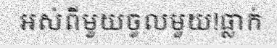
អស់ពីមួយចូលមួយ!ធ្លាក់